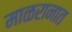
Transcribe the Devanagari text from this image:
माळरानात